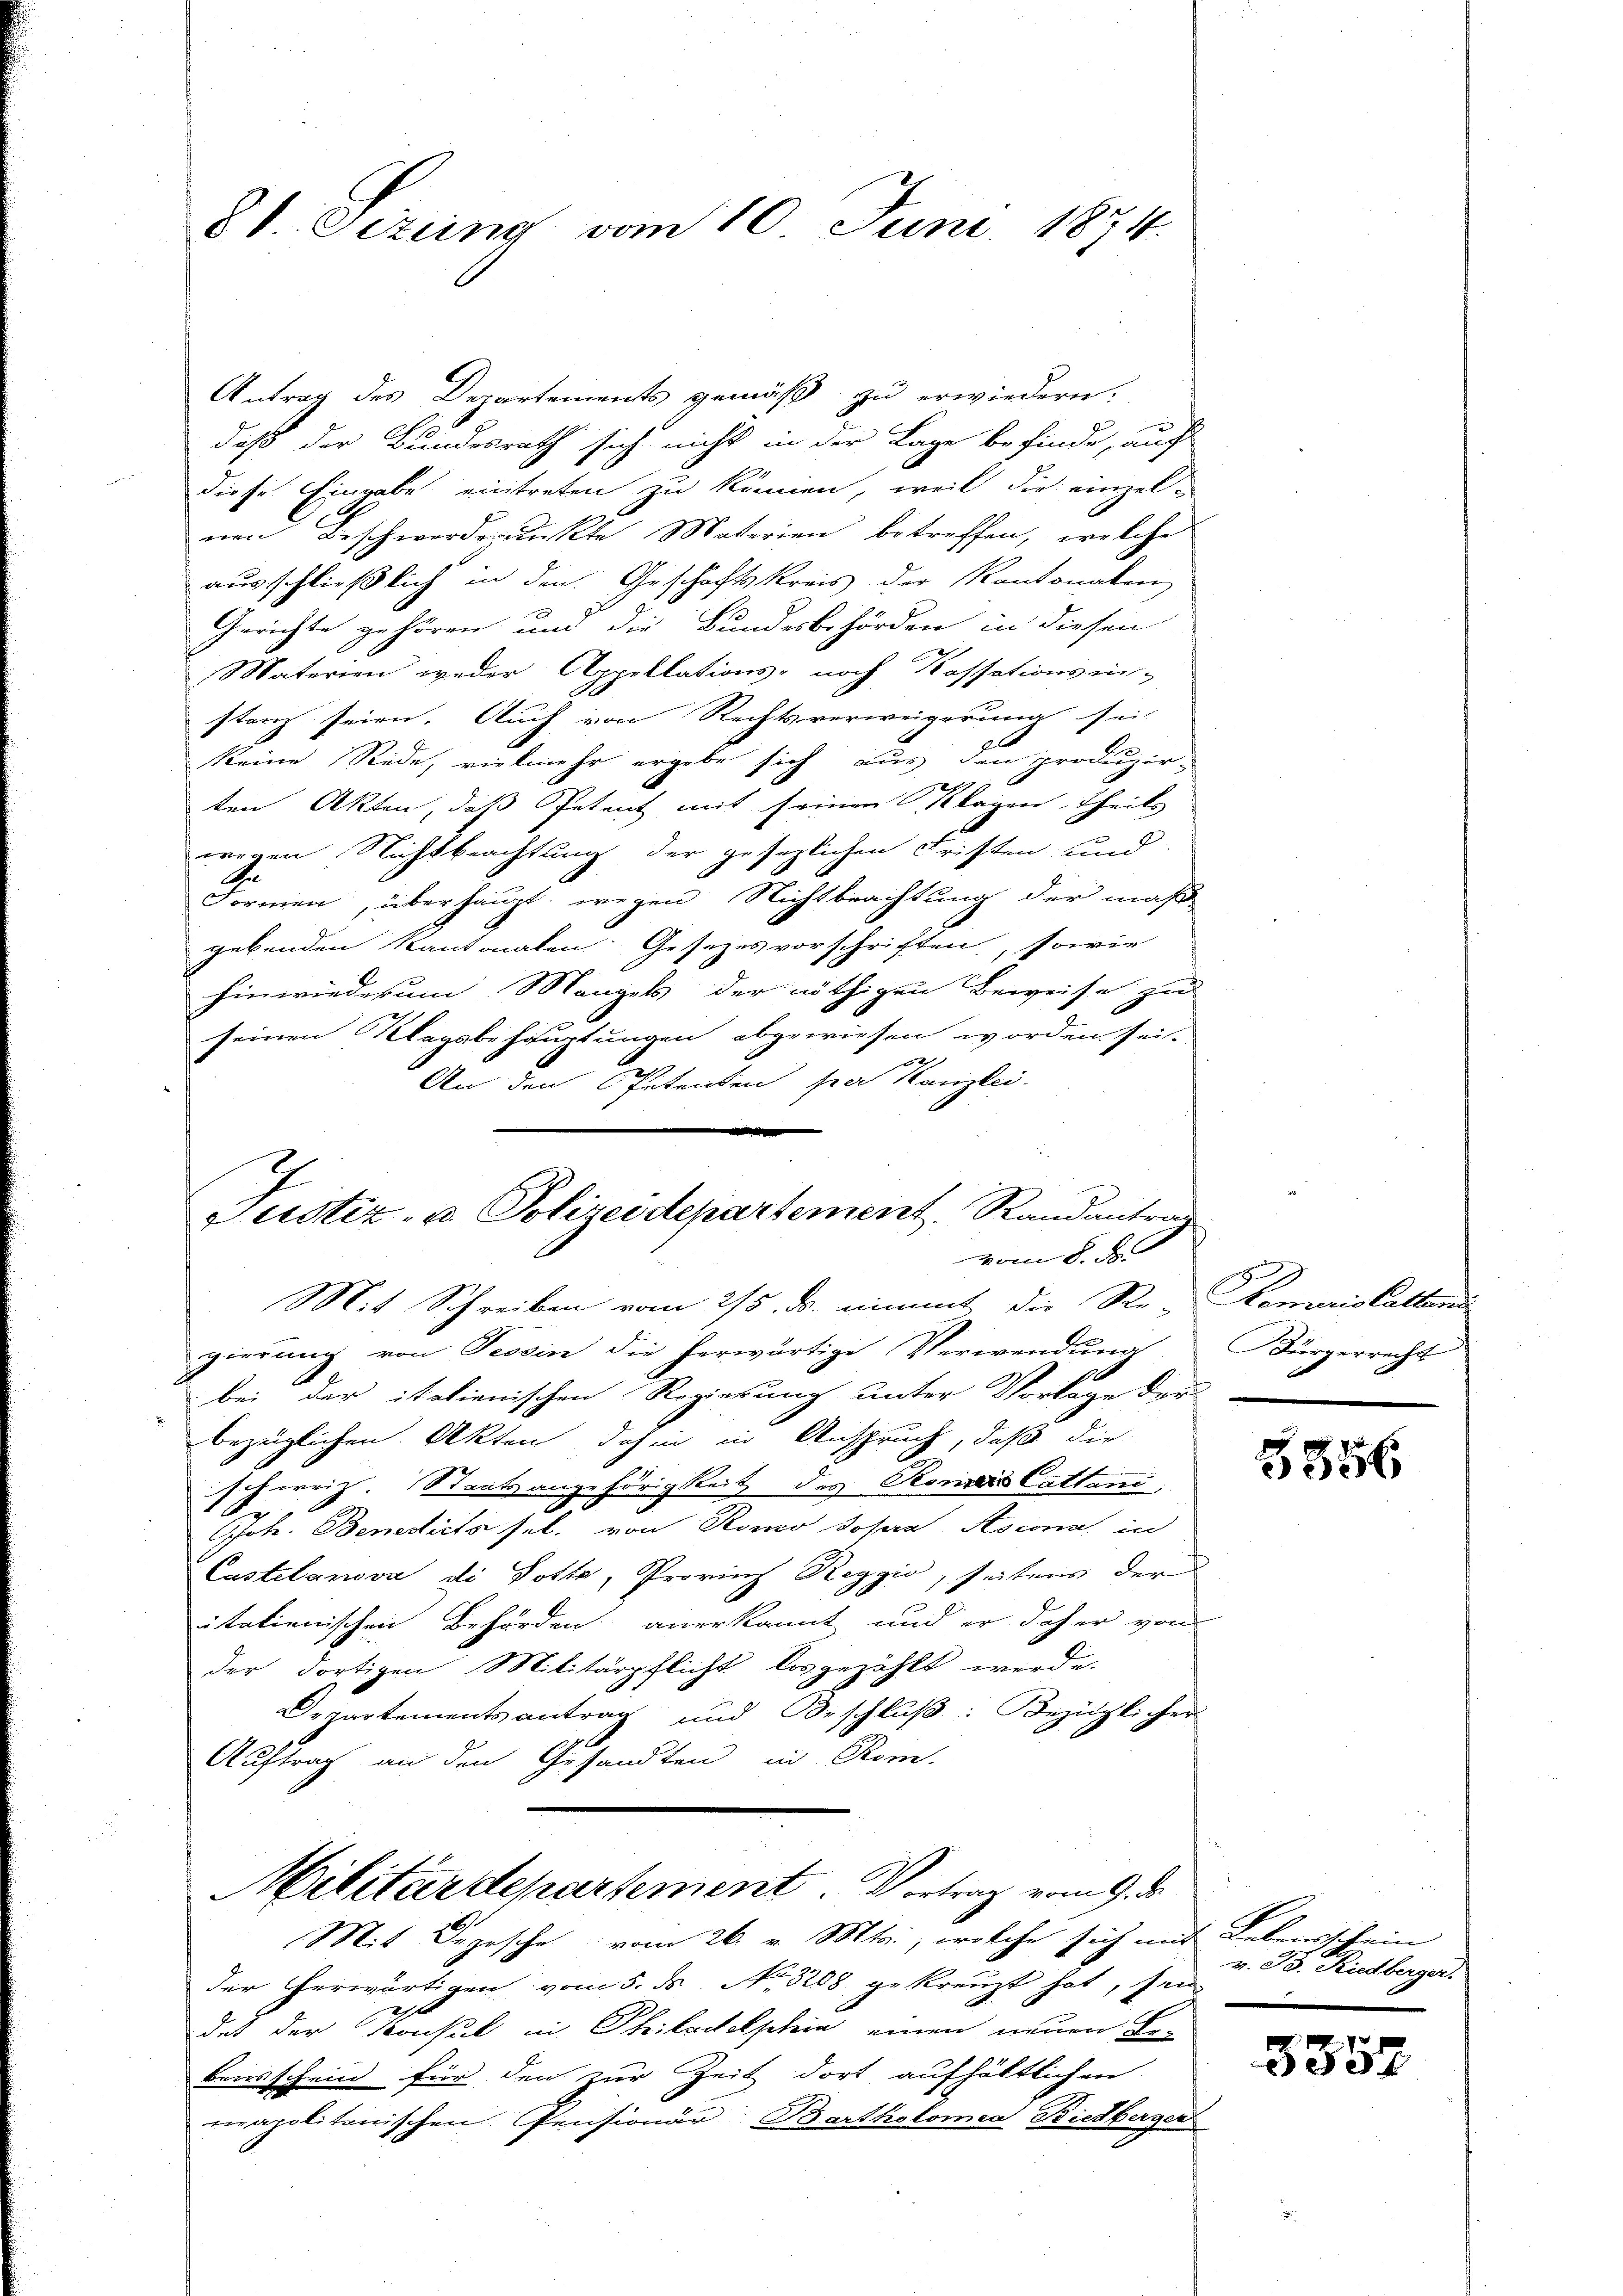
8t. Jezung vom 10. Juni 1874.

Antrag des Departements gemäß zu erwiedern.
daß der Bundesrath sich nicht in der Lage befinde, auch
diese Eingabe eintreten zu können, weil die einzel-
nen Beschwerderunkte Materien betreffen, welche
ausschließlich in den Geschaftskreis der Kantonalen
Gerichte gehören und die Bundesbehörden in diesen
Materien weder Appellations- noch Kassationsin-
stanz seien. Auch von Rechtsverweigerung sei,
x
keine Rede, vielmehr ergebe sich aus den produzir-
ten Akten, daß Petent mit seinen Klagen Theils
wegen Nichtbeachtung der gesezlichen Fristen und
Ge
Formen, überhaupt wegen Nichtbeachtung der maß
gebenden Kantonalen Gesezesvorschriften, sowie
hinwiederum Mangels der nöthigen Beweise zu
seinen Klagsbehauptungen abgewiesen worden sei.
An den Petenten sia Kanzlei-
Mit Schreiben vom 25. ds. nimmt die Re-Remaris Catten
gierung von Tessin die herwärtige Verwendung
bei der italienischen Regierung unter Vorlage der
bezüglichen Akten, dahin in Anspruch, daß die
schweiz. Staatsangehörigkeit des Romers Cattani
Pfoh. Bemestets sel. von Rono Dosen Ascona in
Castelanova di Dotte, Provinz Reggio, seitens der
italienischen Behörden anerkannt und er daher von
der dortigen Militärpflicht losgezählt werde.
Departementsantrag und Beschluß: Bezüglicher
Auftrag an den Gesandten in Rom.
Militärdepartement. Vortrag vom 9. d.
Mit Depesche vom 26. v. Mts., welche sich mit Lebensschein
der erwärtigen vom 5. ds. No. 3208, gekreuzt hat, sei
det der Konsul in Philadelphia einen neuen Be-
bensschein für den zur Zeit dort aufhältlichen
mapolitonischen Pensionär Bartholomea Bietberger

Justiz- u. Polizeidepartement, Randantrag
von § 2

Kürgerrecht

5356

v. B. Riedberger,

5552